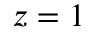
z = 1